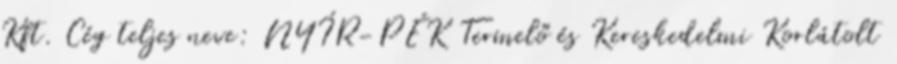
Kft. Cég teljes neve: NYÍR-PÉK Termelő és Kereskedelmi Korlátolt